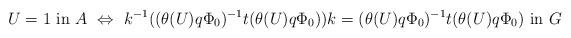
LaTeX: \begin{align*} U = 1 \textnormal{ in } A \ \Leftrightarrow \ k^{-1}((\theta(U) q \Phi_0)^{-1} t (\theta(U) q \Phi_0))k = (\theta(U) q \Phi_0)^{-1} t (\theta(U) q \Phi_0) \textnormal{ in } G\end{align*}